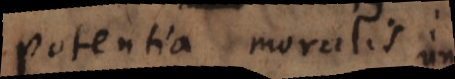
potentia moralis: et